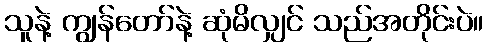
သူနဲ့ ကျွန်တော်နဲ့ ဆုံမိလျှင် သည်အတိုင်းပဲ။